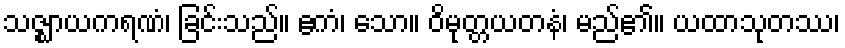
သဇ္ဈာယကရဏံ၊ ခြင်းသည်။ ဧကံ၊ သော။ ဝိမုတ္တယတနံ၊ မည်၏။ ယထာသုတဿ၊